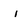
Character: i